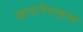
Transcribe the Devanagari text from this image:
खाचरियाबास